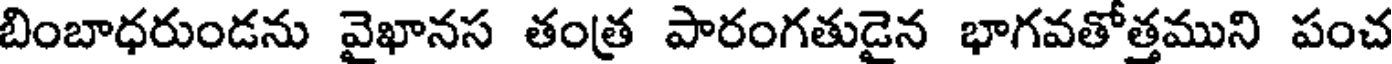
బింబాధరుండను వైఖానస తంత్ర పారంగతుడైన భాగవతోత్తముని పంచ